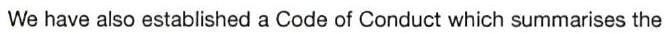
We have also established a Code of Conduct which summarises the